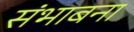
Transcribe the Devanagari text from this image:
संभाबना